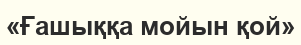
«Ғашыққа мойын қой»